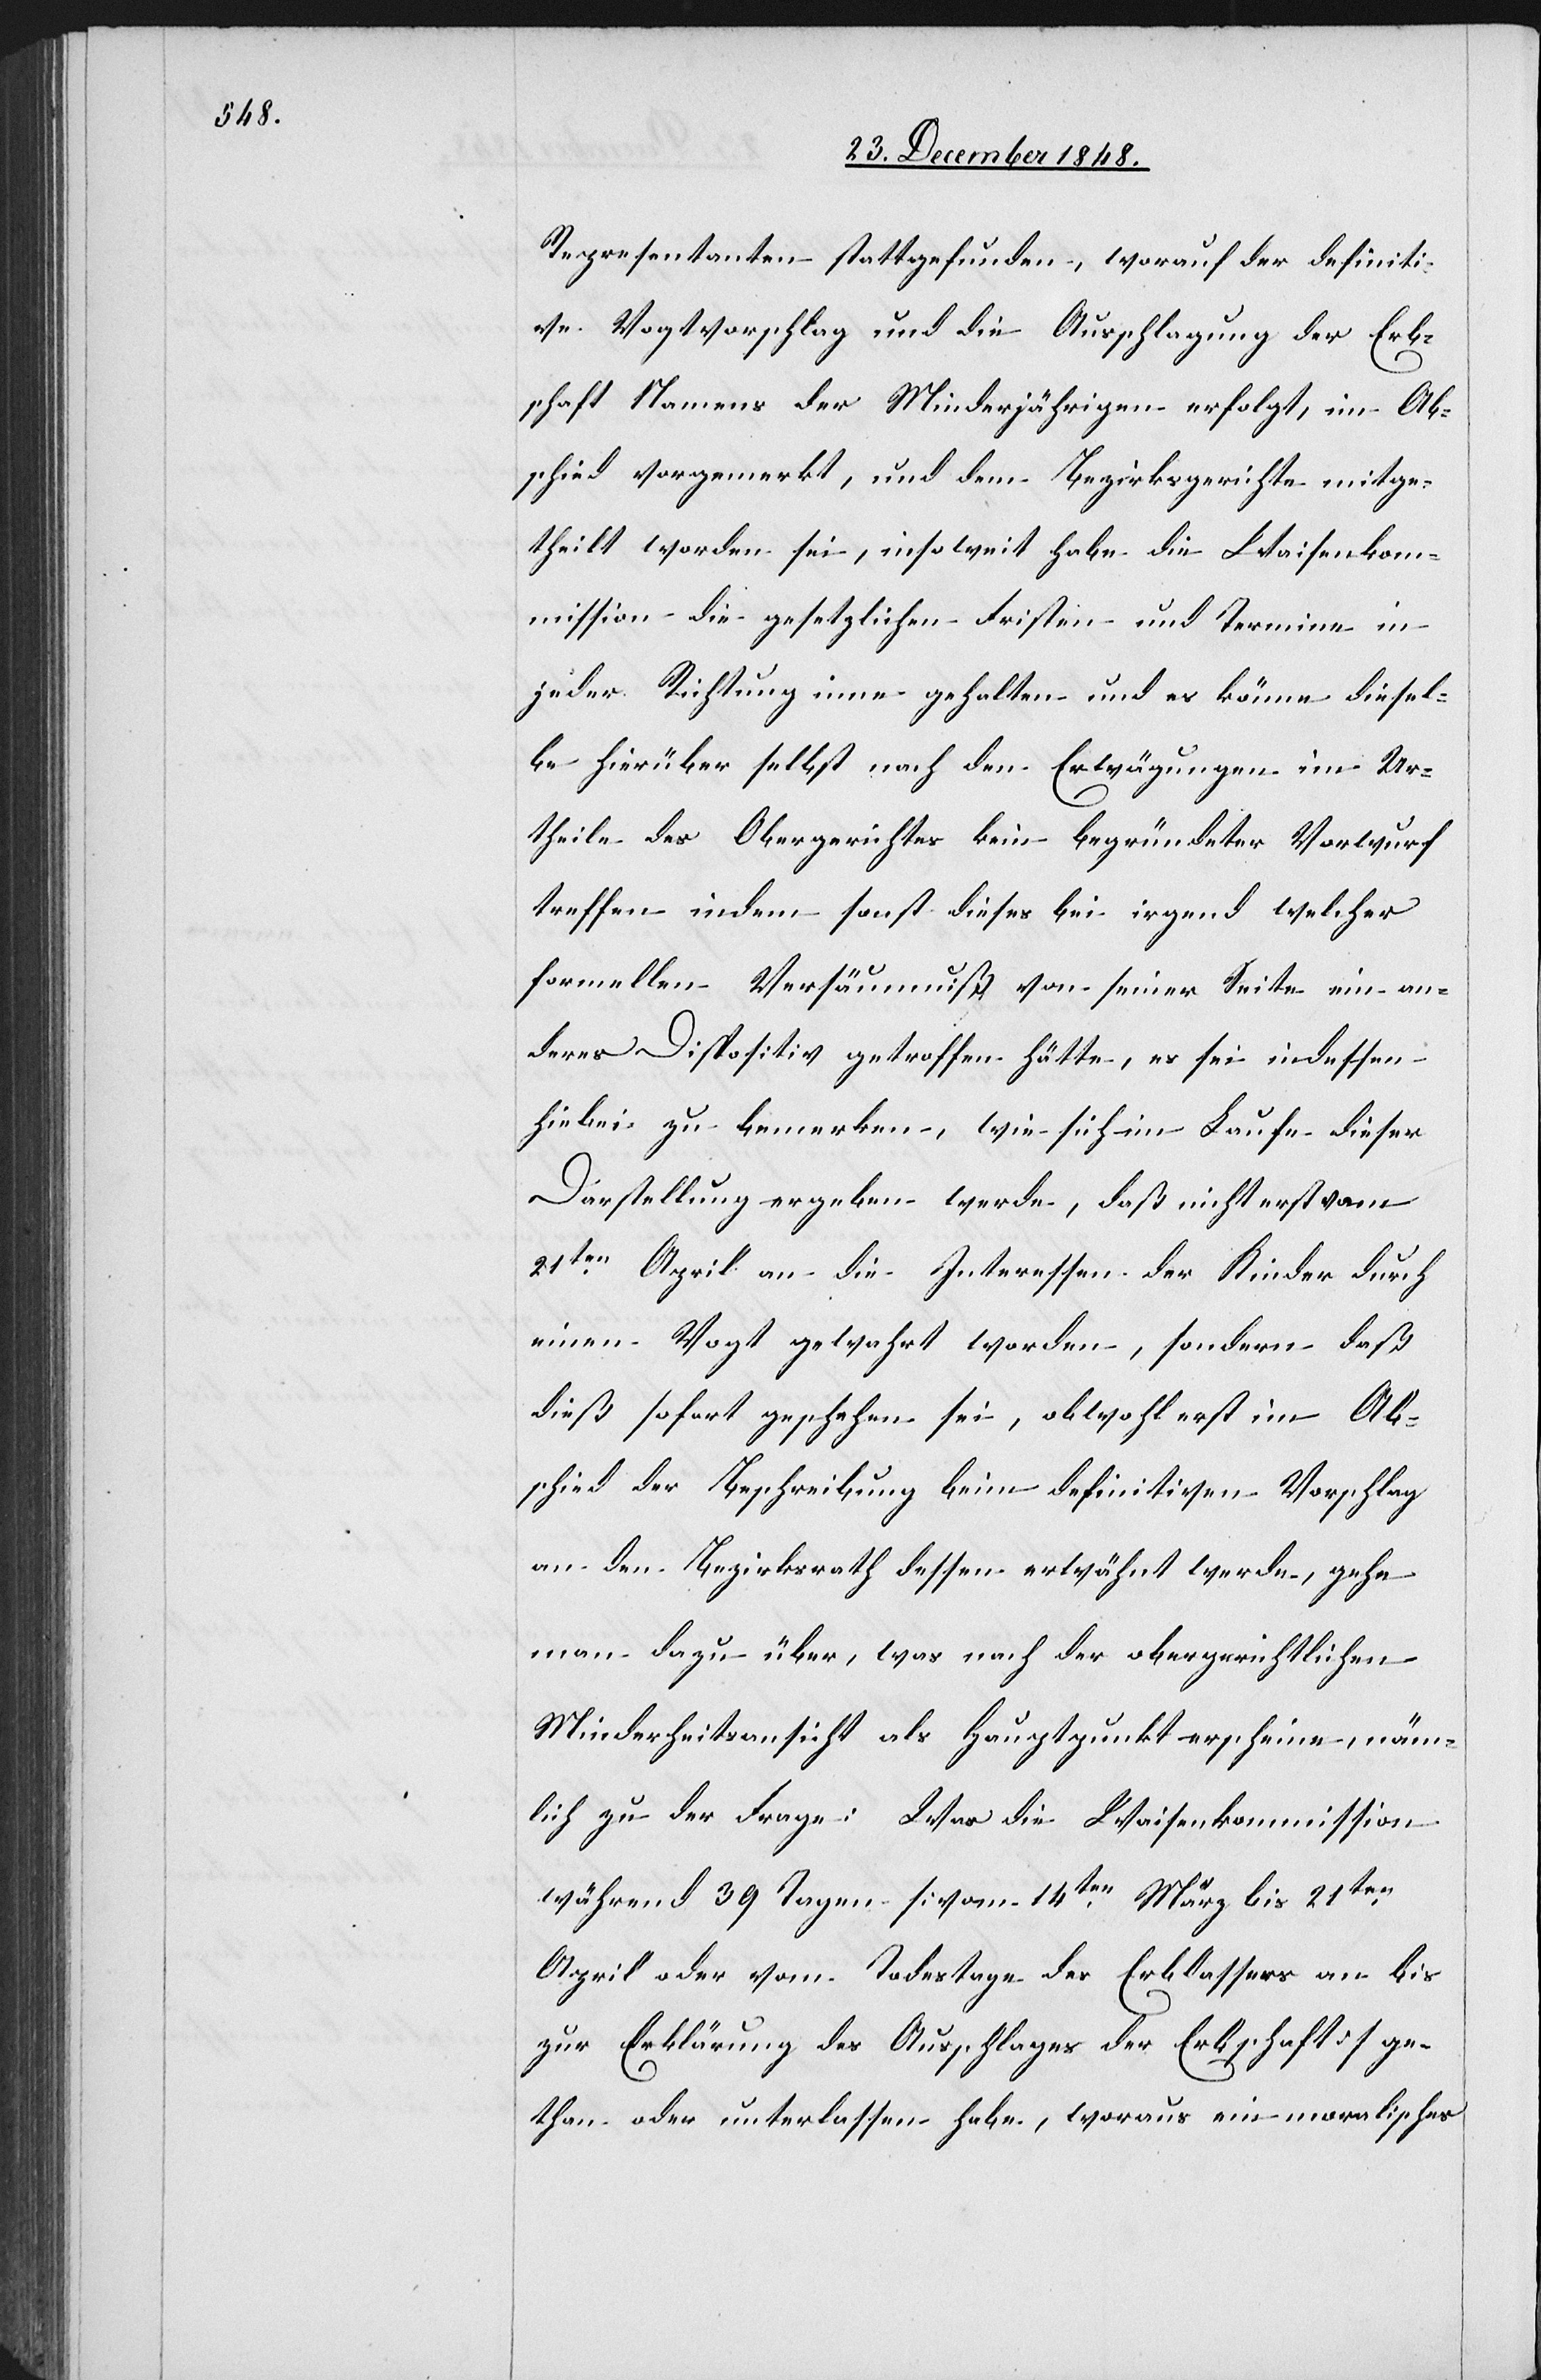
Representanten stattgefunden, worauf der definiti¬
ve Vogtvorschlag und die Ausschlagung der Erb¬
schaft Namens der Minderjährigen erfolgt, im Ab¬
schied vorgemerkt, und dem Bezirksgerichte mitge¬
theilt worden sei, insoweit habe die Waisenkom¬
mission die gesetzlichen Fristen und Termine in
jeder Richtung inne gehalten und es könne diesel¬
be hierüber selbst nach den Erwägungen im Ur¬
theile des Obergerichtes kein begründeter Vorwurf
treffen indem sonst dieses bei irgend welcher
formellen Versäumniß von seiner Seite ein an¬
deres Dispositiv getroffen hätte, es sei indessen
hiebei zu bemerken, wie sich im Laufe dieser
Darstellung ergeben werde, daß nicht erst vom
21ten April an die Interessen der Kinder durch
einen Vogt gewahrt worden, sondern daß
dieß sofort geschehen sei, obwohl erst im Ab¬
schied der Beschreibung beim definitiven Vorschlag
an den Bezirksrath dessen erwähnt werde, gehe
man dazu über, was nach der obergerichtlichen
Minderheitsansicht als Hauptpunkt erscheine, näm¬
lich zu der Frage: Was die Waisenkommission
während 39 Tagen [vom 14ten März bis 21ten
April oder vom Todestage des Erblassers an bis
zur Erklärung des Ausschlages der Erbschaft] ge¬
than oder unterlassen habe, woraus ein moralisches